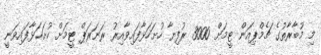
މި މުބާރާތުގެ ޗެމްޕިއަން ޓީމަށް 3000 ރުފިޔާ ހުށަހަޅާފައިވާއިރު ރަނަރަޕް ޓީމަށް ހުށަހަޅާފައިވަނީ